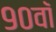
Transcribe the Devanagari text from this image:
९०वॉ